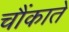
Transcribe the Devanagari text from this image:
चौंकाते